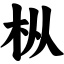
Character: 枞